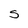
Character: S